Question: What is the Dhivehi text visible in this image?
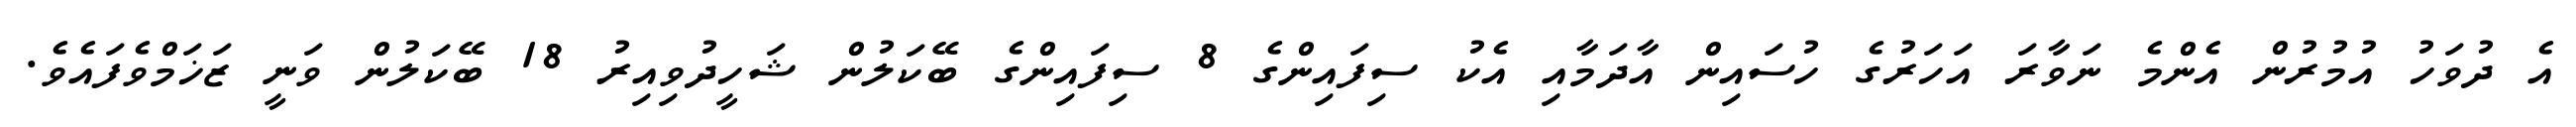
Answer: އެ ދުވަހު އުމުރުން އެންމެ ނަވާރަ އަހަރުގެ ހުސައިން އާދަމާއި އެކު ސިފައިންގެ 8 ސިފައިންގެ ބޭކަލުން ޝަހީދުވިއިރު 18 ބޭކަލުން ވަނީ ޒަޚަމްވެފައެވެ.